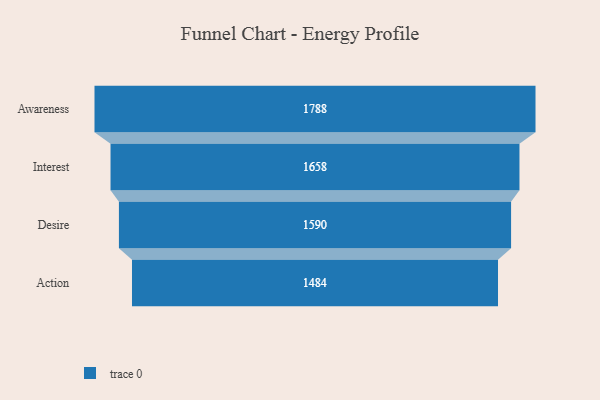
{"axis": {"x": "Stage", "y": "Value"}, "legend": [""], "data": [{"x": "Awareness", "y": 1788.0, "type": ""}, {"x": "Interest", "y": 1658.0, "type": ""}, {"x": "Desire", "y": 1590.0, "type": ""}, {"x": "Action", "y": 1484.0, "type": ""}]}